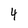
Character: 4